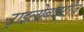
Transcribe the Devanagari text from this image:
ट्राइलोबाइटीज़